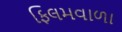
ફિલમવાળા